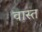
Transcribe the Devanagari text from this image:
वास्त